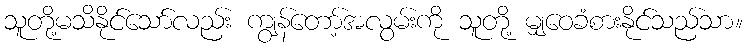
သူတို့မသိနိုင်သော်လည်း ကျွန်တော့်အလွမ်းကို သူတို့ မျှဝေခံစားနိုင်သည်သာ။